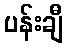
ပန်းချီ